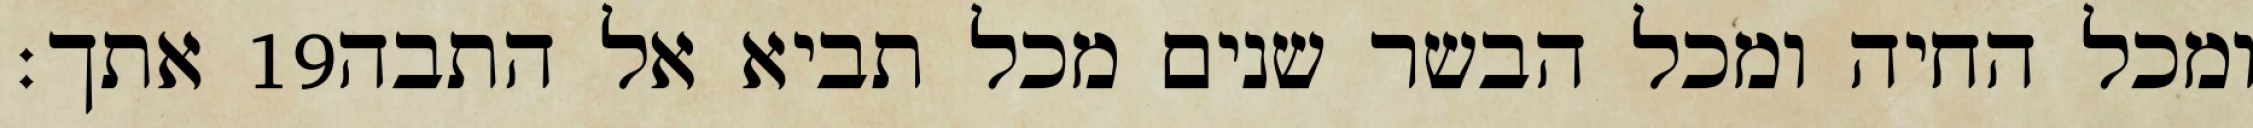
אתך׃ ‎19‏ ומכל החיה ומכל הבשר שנים מכל תביא אל התבה